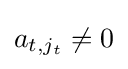
a_{t,j_{t}}\neq 0